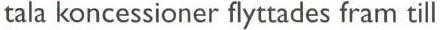
tala koncessioner flyttades fram till